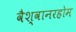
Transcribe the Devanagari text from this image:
वैश्वानरहोम